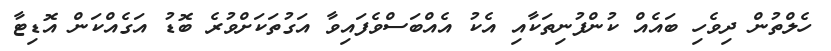
ހެލްތުން ދިވެހި ބައެއް ކުންފުނިތަކާއި އެކު އެއްބަސްވެފައިވާ އަގުތަކަށްވުރެ ބޮޑު އަގެއްކަން އޮޑިޓާ